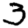
Digit: 3